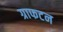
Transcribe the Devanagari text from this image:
ग्राफटन